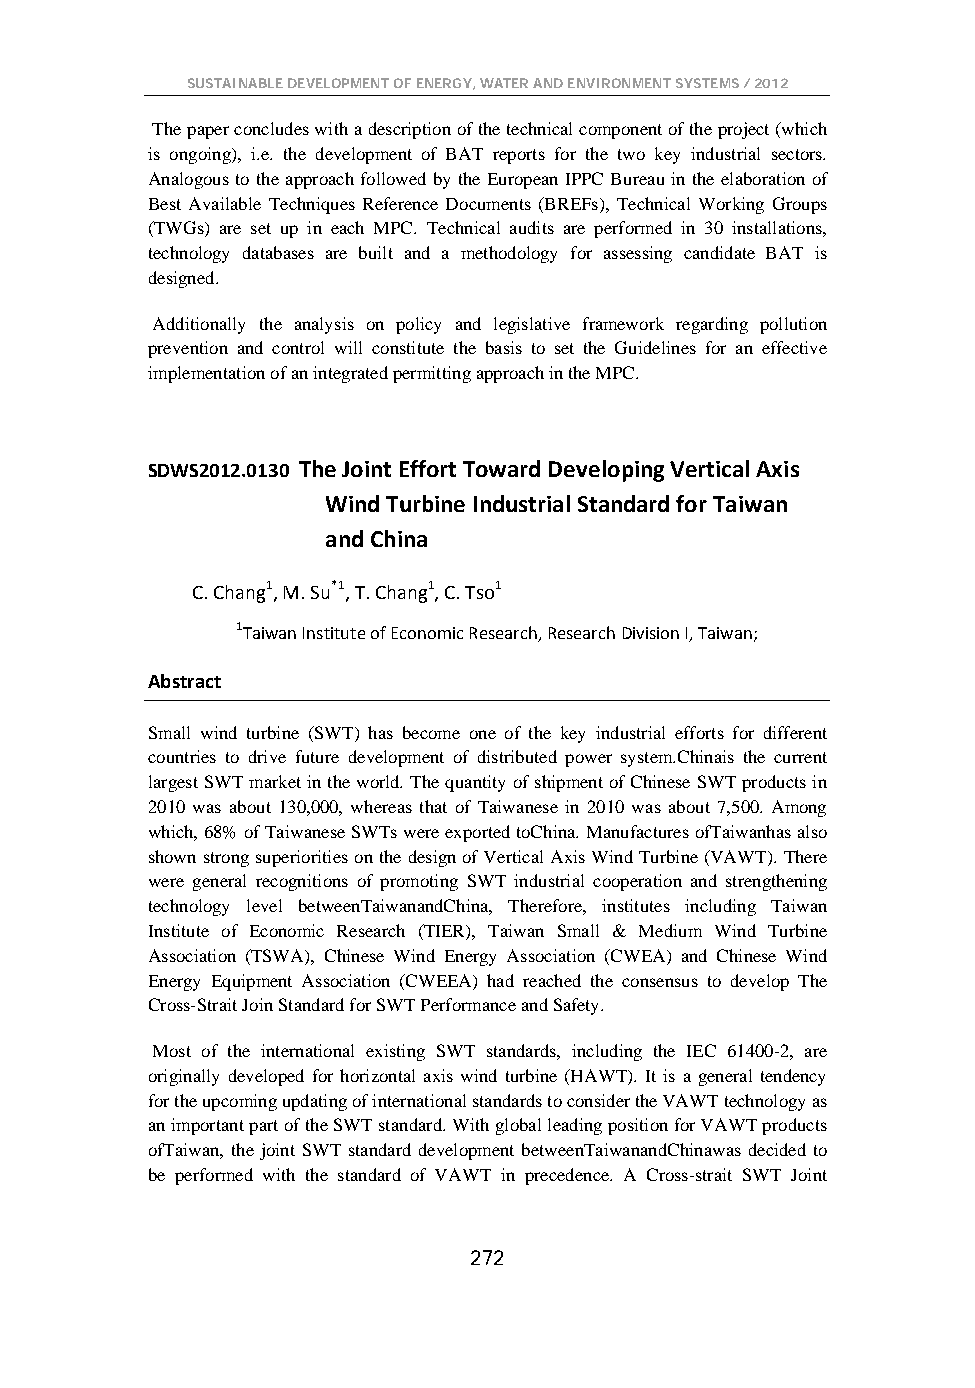
SUSTAINABLE DEVELOPMENT OF ENERGY, WATER AND ENVIRONMENT SYSTEMS / 2012
 The paper concludes with a description of the technical component of the project (which
 is ongoing), i.e. the development of BAT reports for the two key industrial sectors.
 Analogous to the approach followed by the European IPPC Bureau in the elaboration of
 Best Available Techniques Reference Documents (BREFs), Technical Working Groups
 (TWGs) are set up in each MPC. Technical audits are performed in 30 installations,
 technology databases are built and a methodology for assessing candidate BAT is
 designed.
 Additionally the analysis on policy and legislative framework regarding pollution
 prevention and control will constitute the basis to set the Guidelines for an effective
 implementation of an integrated permitting approach in the MPC.
 SDWS2012.0130 The Joint Effort Toward Developing Vertical Axis
 Wind Turbine Industrial Standard for Taiwan
 and China
 C. Chang1, M. Su*1, T. Chang1, C. Tso1
 1Taiwan Institute of Economic Research, Research Division I, Taiwan;
 Abstract
 Small wind turbine (SWT) has become one of the key industrial efforts for different
 countries to drive future development of distributed power system.Chinais the current
 largest SWT market in the world. The quantity of shipment of Chinese SWT products in
 2010 was about 130,000, whereas that of Taiwanese in 2010 was about 7,500. Among
 which, 68% of Taiwanese SWTs were exported toChina. Manufactures ofTaiwanhas also
 shown strong superiorities on the design of Vertical Axis Wind Turbine (VAWT). There
 were general recognitions of promoting SWT industrial cooperation and strengthening
 technology level betweenTaiwanandChina, Therefore, institutes including Taiwan
 Institute of Economic Research (TIER), Taiwan Small & Medium Wind Turbine
 Association (TSWA), Chinese Wind Energy Association (CWEA) and Chinese Wind
 Energy Equipment Association (CWEEA) had reached the consensus to develop The
 Cross-Strait Join Standard for SWT Performance and Safety.
 Most of the international existing SWT standards, including the IEC 61400-2, are
 originally developed for horizontal axis wind turbine (HAWT). It is a general tendency
 for the upcoming updating of international standards to consider the VAWT technology as
 an important part of the SWT standard. With global leading position for VAWT products
 ofTaiwan, the joint SWT standard development betweenTaiwanandChinawas decided to
 be performed with the standard of VAWT in precedence. A Cross-strait SWT Joint
 272